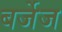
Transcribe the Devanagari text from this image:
बर्जेज